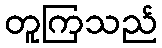
တူကြသည်